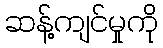
ဆန့်ကျင်မှုကို